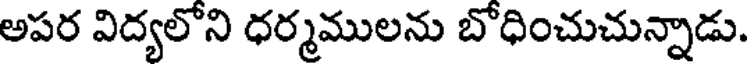
అపర విద్యలోని ధర్మములను బోధించుచున్నాడు.